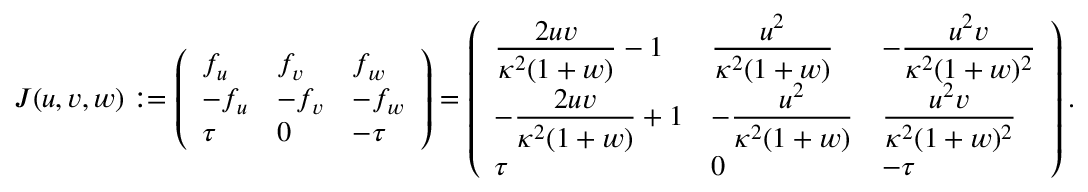
\begin{array} { r } { J ( u , v , w ) : = \left( \begin{array} { l l l } { f _ { u } } & { f _ { v } } & { f _ { w } } \\ { - f _ { u } } & { - f _ { v } } & { - f _ { w } } \\ { \tau } & { 0 } & { - \tau } \end{array} \right) = \left( \begin{array} { l l l } { \displaystyle \frac { 2 u v } { \kappa ^ { 2 } ( 1 + w ) } - 1 } & { \displaystyle \frac { u ^ { 2 } } { \kappa ^ { 2 } ( 1 + w ) } } & { - \displaystyle \frac { u ^ { 2 } v } { \kappa ^ { 2 } ( 1 + w ) ^ { 2 } } } \\ { - \displaystyle \frac { 2 u v } { \kappa ^ { 2 } ( 1 + w ) } + 1 } & { - \displaystyle \frac { u ^ { 2 } } { \kappa ^ { 2 } ( 1 + w ) } } & { \displaystyle \frac { u ^ { 2 } v } { \kappa ^ { 2 } ( 1 + w ) ^ { 2 } } } \\ { \tau } & { 0 } & { - \tau } \end{array} \right) . } \end{array}